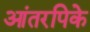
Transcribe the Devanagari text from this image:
आंतरपिके